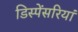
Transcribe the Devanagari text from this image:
डिस्पेंसरियां